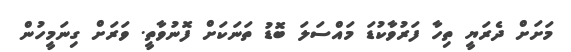
މަށަށް ދެރަޔީ ތިހާ ފަރުވާކުޑަ މައްސަލަ ބޮޑު ތަނަކަށް ފޮނުވާތީ. ވަރަށް ގިނަމީހުން